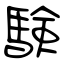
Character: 験